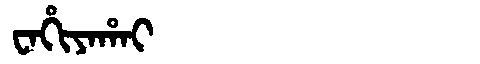
Manchu: ᠸᠠᡥᡳᠶᠠᡥᠠᡳ
Romanization: WAHIYAHAI